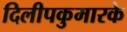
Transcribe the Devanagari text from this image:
दिलीपकुमारके